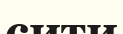
сити